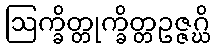
ဩက္ခိတ္တုက္ခိတ္တဥဇ္ဇဂ္ဃိ